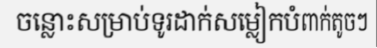
ចន្លោះសម្រាប់ទូរដាក់សម្លៀកបំពាក់តូចៗ